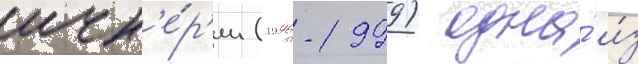
ичк'е́р'ии (1996-1999) одна́ и́з